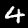
Digit: 4